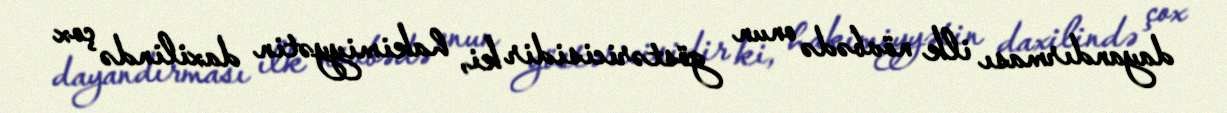
dayandırması ilk növbədə onun göstəricisidir ki, hakimiyyətin daxilində çox